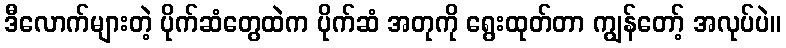
ဒီလောက်များတဲ့ ပိုက်ဆံတွေထဲက ပိုက်ဆံ အတုကို ရွေးထုတ်တာ ကျွန်တော့် အလုပ်ပဲ။